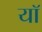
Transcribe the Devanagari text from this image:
यॉ